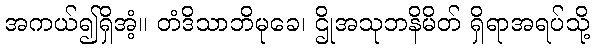
အကယ်၍ရှိအံ့။ တံဒိသာဘိမုခေ၊ ဌိုအသုဘနိမိတ် ရှိရာအရပ်သို့